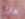
هايل